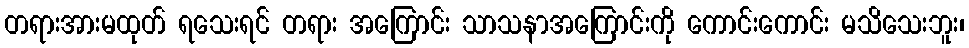
တရားအားမထုတ် ရသေးရင် တရား အကြောင်း သာသနာအကြောင်းကို ကောင်းကောင်း မသိသေးဘူး၊